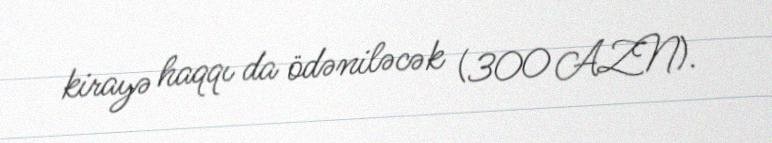
kirayə haqqı da ödəniləcək (300 AZN).